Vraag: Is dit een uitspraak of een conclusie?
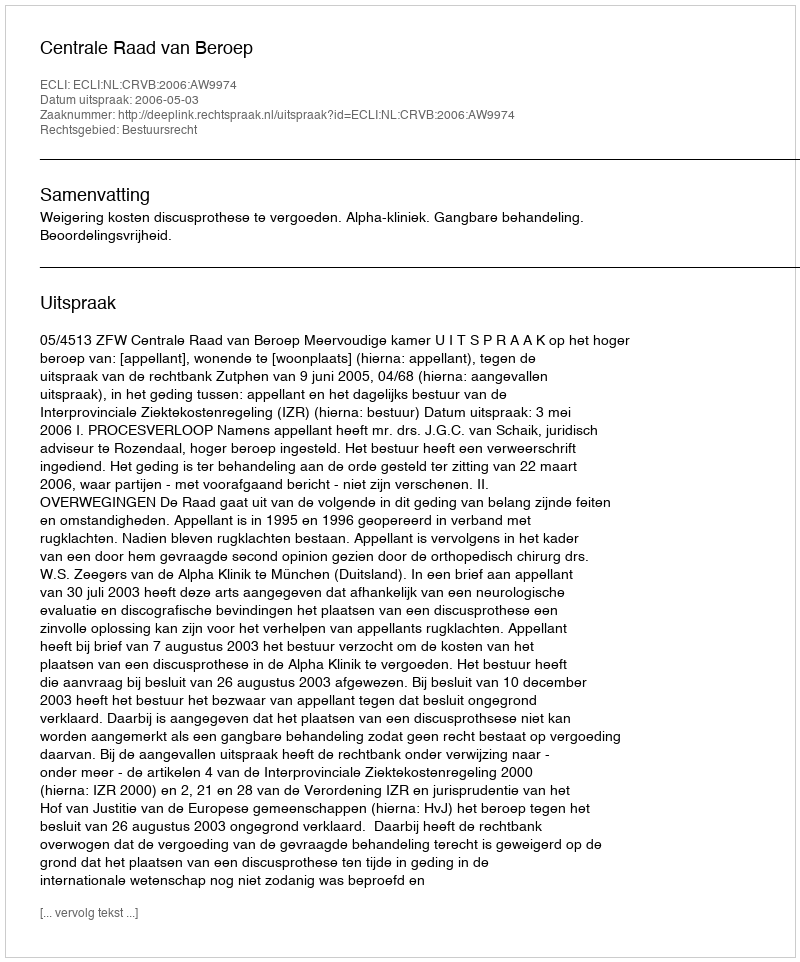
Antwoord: Uitspraak